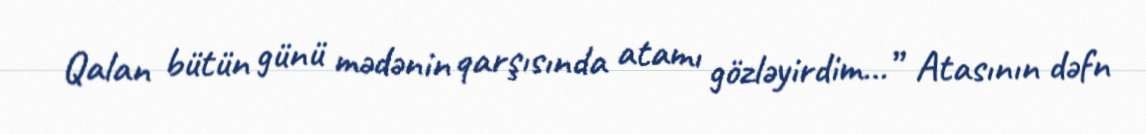
Qalan bütün günü mədənin qarşısında atamı gözləyirdim…” Atasının dəfn